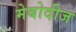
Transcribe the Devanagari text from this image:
मेबोदीज